Illuka_vallavalitsus, lk 32
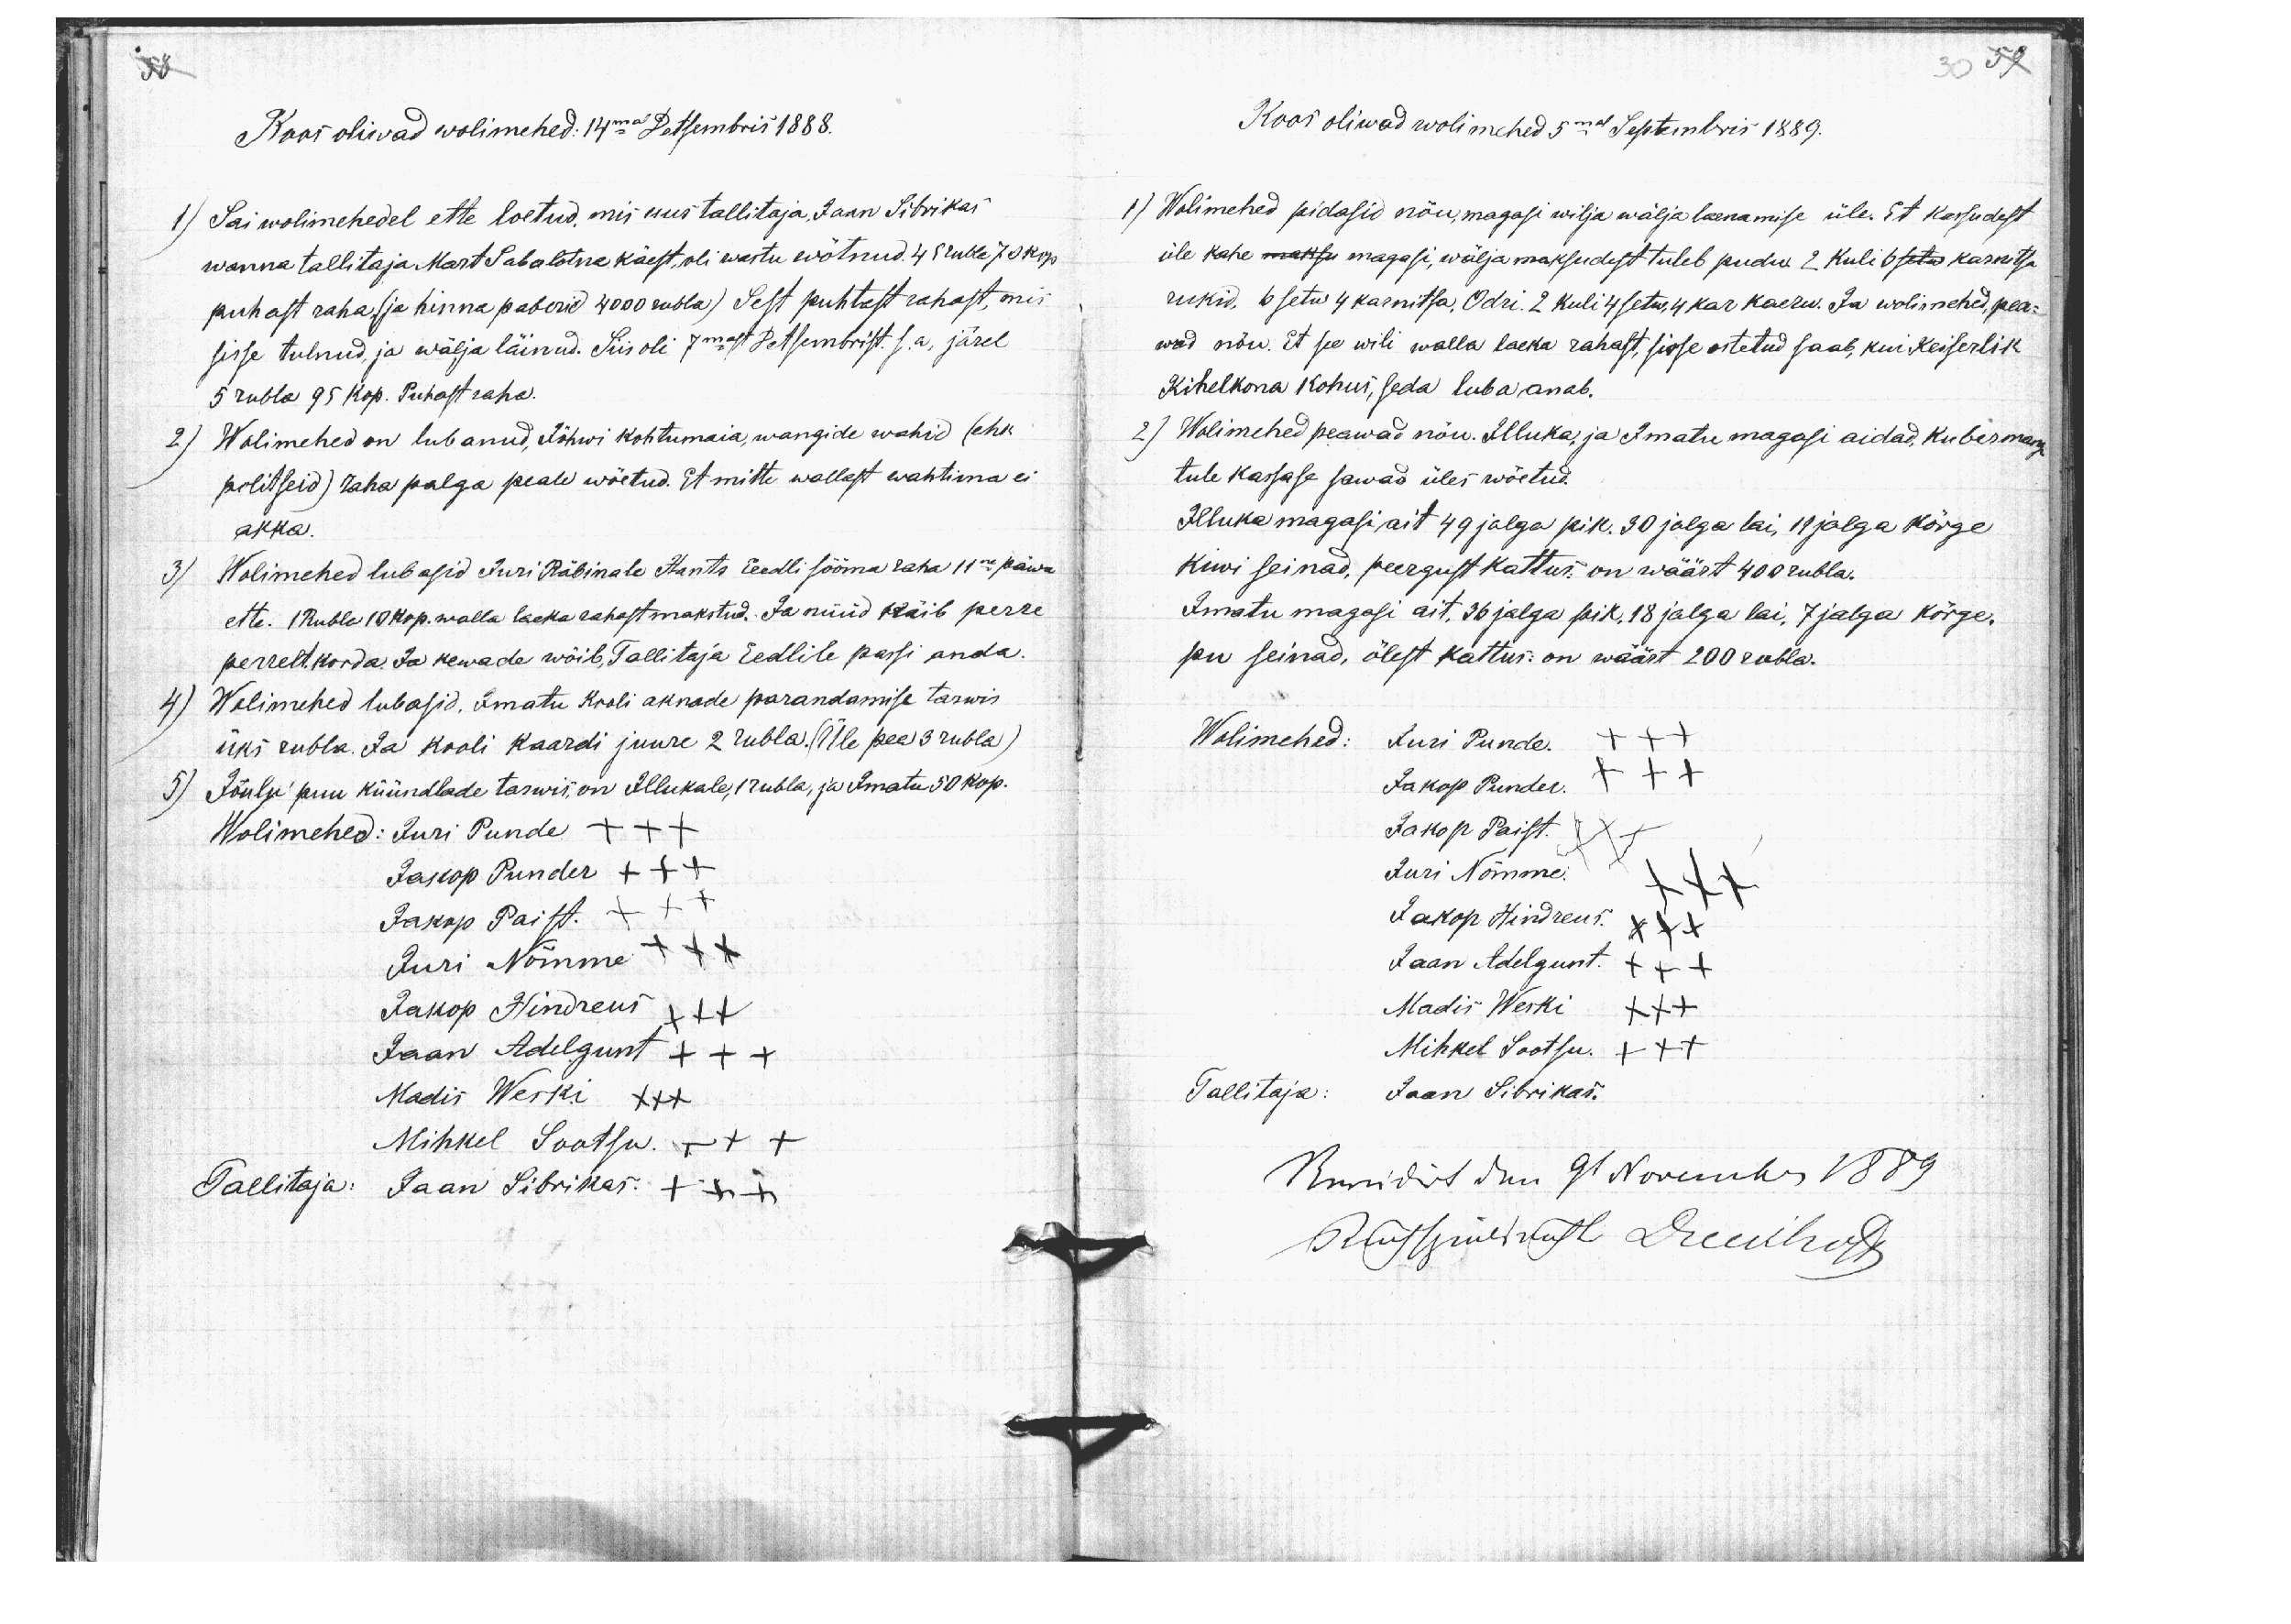
58

30 59

Koos oliwad wolimehed: 14mal Detsembris 1888.
1) Sai wolimehedel ette loetud, mis uus tallitaja, Jaan Sibrikas
wanna tallitaja Mart Sabalotna käest, oli wastu wõtnud. 45 rubla 70 kop.
puhast raha (ja hinna paberid 4000 rubla) Sest puhtast rahast, mis
sisse tulnud, ja wälja läinud. Siis oli 7mast Detsembrist s.a. järel
5 rubla 95 kop. Puhast raha.
2) Wolimehed on lubanud, Jõhwi kohtumaia, wangide wahid (ehk
politseid) raha palga peale wõetud. Et mitte wallast wahtima ei
akka.
3) Wolimehed lubasid Juri Räbinale Hants Eedli sööma raha 11ne päwa
ette. 1 Rubla 10 kop. walla laeka rahast makstud. Ja nüüd käib perre
perrelt. korda. Ja kewade wõib, Tallitaja Eedlile passi anda.
4) Wolimehed lubasid, Imatu Kooli aknade parandamise tarwis
üks rubla. Ja kooli kaardi juure 2 rubla. (Üle pea 3 rubla)
5) Jõulu puu küündlade tarwis, on Illukale, 1 rubla, ja Imatu 50 kop.
Wolimehed: Juri Punde XXX
Jakop Punder XXX
Jakop Paist. XXX
Juri Nõmme XXX
Jakop Hindreus XXX
Jaan Adelgunt XXX
Madis Weski XXX
Mihkel Sootsu. +++
Tallitaja: Jaan Sibrikas. +++

Koos oliwad wolimehed 5mal Septembris 1889.
1) Wolimehed pidasid nõu, magasi wilja wälja laenamise üle. Et kassudest
üle kahe maksu magasi, wälja maksudest tuleb pudu 2 kuli 6 setw karnitsa
rukid, 6 setw 4 karnitsa, Odri. 2 kuli 4 setw, 4 kar kaeru. Ja wolimehed, pea-
wad nõu. Et see wili walla laeka rahast, sisse ostetud saab, kui Keiserlik
Kihelkona kohus, seda luba anab.
2) Wolimehed peawad nõu. Illuka ja Imatu magasi aidad, kubermangu
tule kassase sawad üles wõetud.
Illuka magasi ait 49 jalga pik. 30 jalga lai, 11 jalga kõrge
kiwi seinad, peergust kattus: on wäärt 400 rubla.
Imatu magasi ait, 36 jalga pik, 18 jalga lai, 7 jalga kõrge.
pu seinad, õlest kattus: on wäärt 200 rubla.

Wolimehed: Juri Punde. XXX
Jakop Punder. XXX
Jakop Paist. XXX
Juri Nõmme. XXX
Jakop Hindreus. XXX
Jaan Adelgunt. XXX
Madis Weski XXX
Mihkel Sootsu. XXX
Tallitaja: Jaan Sibrikas.